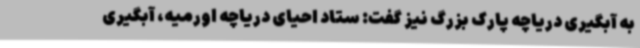
به آبگیری دریاچه پارک بزرگ نیز گفت: ستاد احیای دریاچه اورمیه، آبگیری